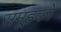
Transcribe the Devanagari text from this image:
समूहकों